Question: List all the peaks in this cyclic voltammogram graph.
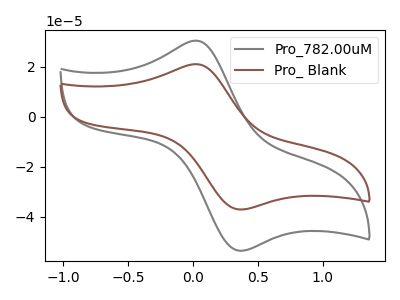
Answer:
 <answer>The gray curve "Pro_782.00uM" has an anodic peak at (0.05V, 30.55uA) and a cathodic peak at (0.35V, -53.60uA). The brown curve "Pro_ Blank" has an anodic peak at (0.05V, 21.10uA) and a cathodic peak at (0.35V, -37.10uA).</answer>
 <eval></eval>